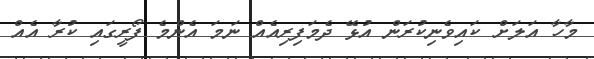
މާހާ އަލަށް ކައިވެނިކުރަން އުޅޭ ދެމަފިރިއެއް ނަމަ އެންމެ ފޯރީގައި ކުރާ އެއް